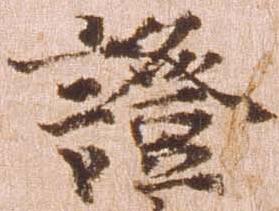
証